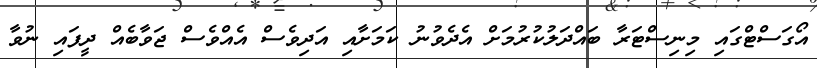
އޯގަސްޓްގައި މިނިސްޓަރާ ބައްދަލުކުރުމަށް އެދެވުނު ކަމަށާއި އަދިވެސް އެއްވެސް ޖަވާބެއް ދީފައި ނުވާ